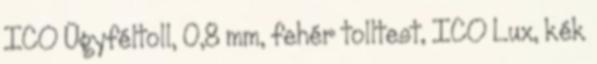
ICO Ügyféltoll, 0,8 mm, fehér tolltest, ICO Lux, kék